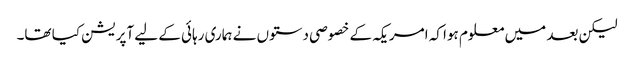
لیکن بعد میں معلوم ہوا کہ امریکہ کے خصوصی دستوں نے ہماری رہائی کے لیے آپریشن کیا تھا۔